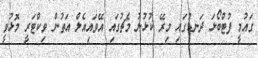
ގައުމީ ފުޓްބޯޅަ ދަނޑުގައި މިރޭ ކުޅުނު މެޗުގައި އޭވައިއެލް އަތުން ވިކްޓަރީ މޮޅުވީ